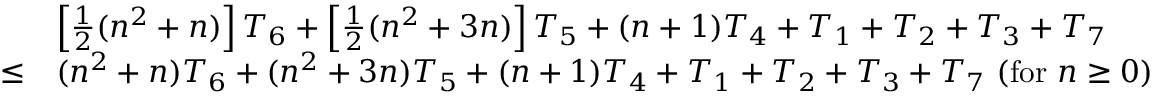
{ \begin{array} { r l } & { \left[ { \frac { 1 } { 2 } } ( n ^ { 2 } + n ) \right] T _ { 6 } + \left[ { \frac { 1 } { 2 } } ( n ^ { 2 } + 3 n ) \right] T _ { 5 } + ( n + 1 ) T _ { 4 } + T _ { 1 } + T _ { 2 } + T _ { 3 } + T _ { 7 } } \\ { \leq } & { ( n ^ { 2 } + n ) T _ { 6 } + ( n ^ { 2 } + 3 n ) T _ { 5 } + ( n + 1 ) T _ { 4 } + T _ { 1 } + T _ { 2 } + T _ { 3 } + T _ { 7 } \ ( { \mathrm { f o r ~ } } n \geq 0 ) } \end{array} }